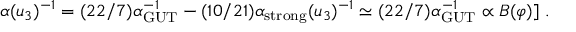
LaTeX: \alpha ( u _ { 3 } ) ^ { - 1 } = ( 2 2 / 7 ) \alpha _ { \mathrm { G U T } } ^ { - 1 } - ( 1 0 / 2 1 ) \alpha _ { \mathrm { s t r o n g } } ( u _ { 3 } ) ^ { - 1 } \simeq ( 2 2 / 7 ) \alpha _ { \mathrm { G U T } } ^ { - 1 } \propto B ( \varphi ) ] \ .